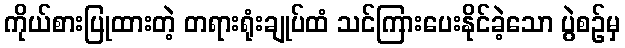
ကိုယ်စားပြုထားတဲ့ တရားရုံးချုပ်ထံ သင်ကြားပေးနိုင်ခဲ့သော ပွဲစဉ်မှ